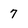
Character: 7